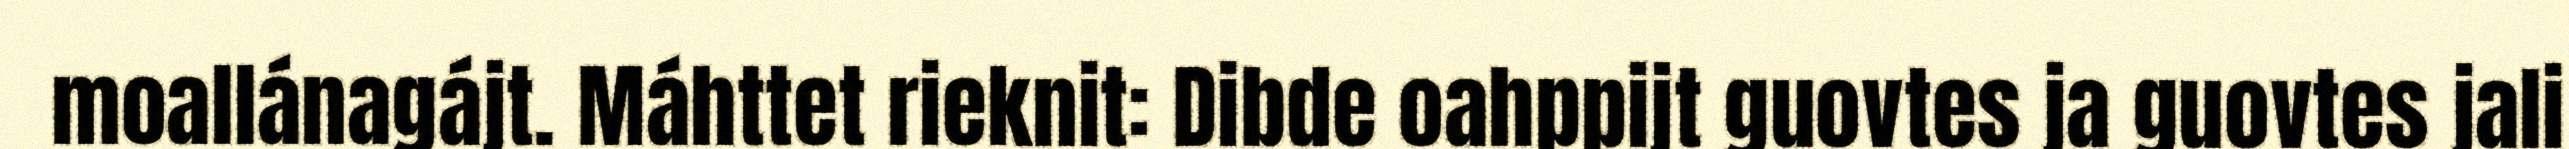
moallánagájt. Máhttet rieknit: Dibde oahppijt guovtes ja guovtes jali